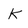
Character: k